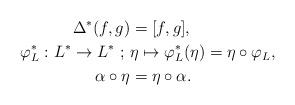
LaTeX: \begin{align*}\Delta^*(f,g)&=[f,g], \\\varphi_L^*:L^* \rightarrow L^* \ ; \ &\eta \mapsto \varphi_L^*(\eta)=\eta \circ \varphi_L,\\\alpha \circ \eta&=\eta \circ \alpha.\end{align*}